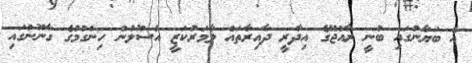
އެ ބަޔާނުގައި ބުނީ ރާއްޖޭގެ އިދާރީ ދާއިރާތައް ލާމަރުކަޒީ އުސޫލުން ހިންގުމުގެ ގާނޫނުގައި